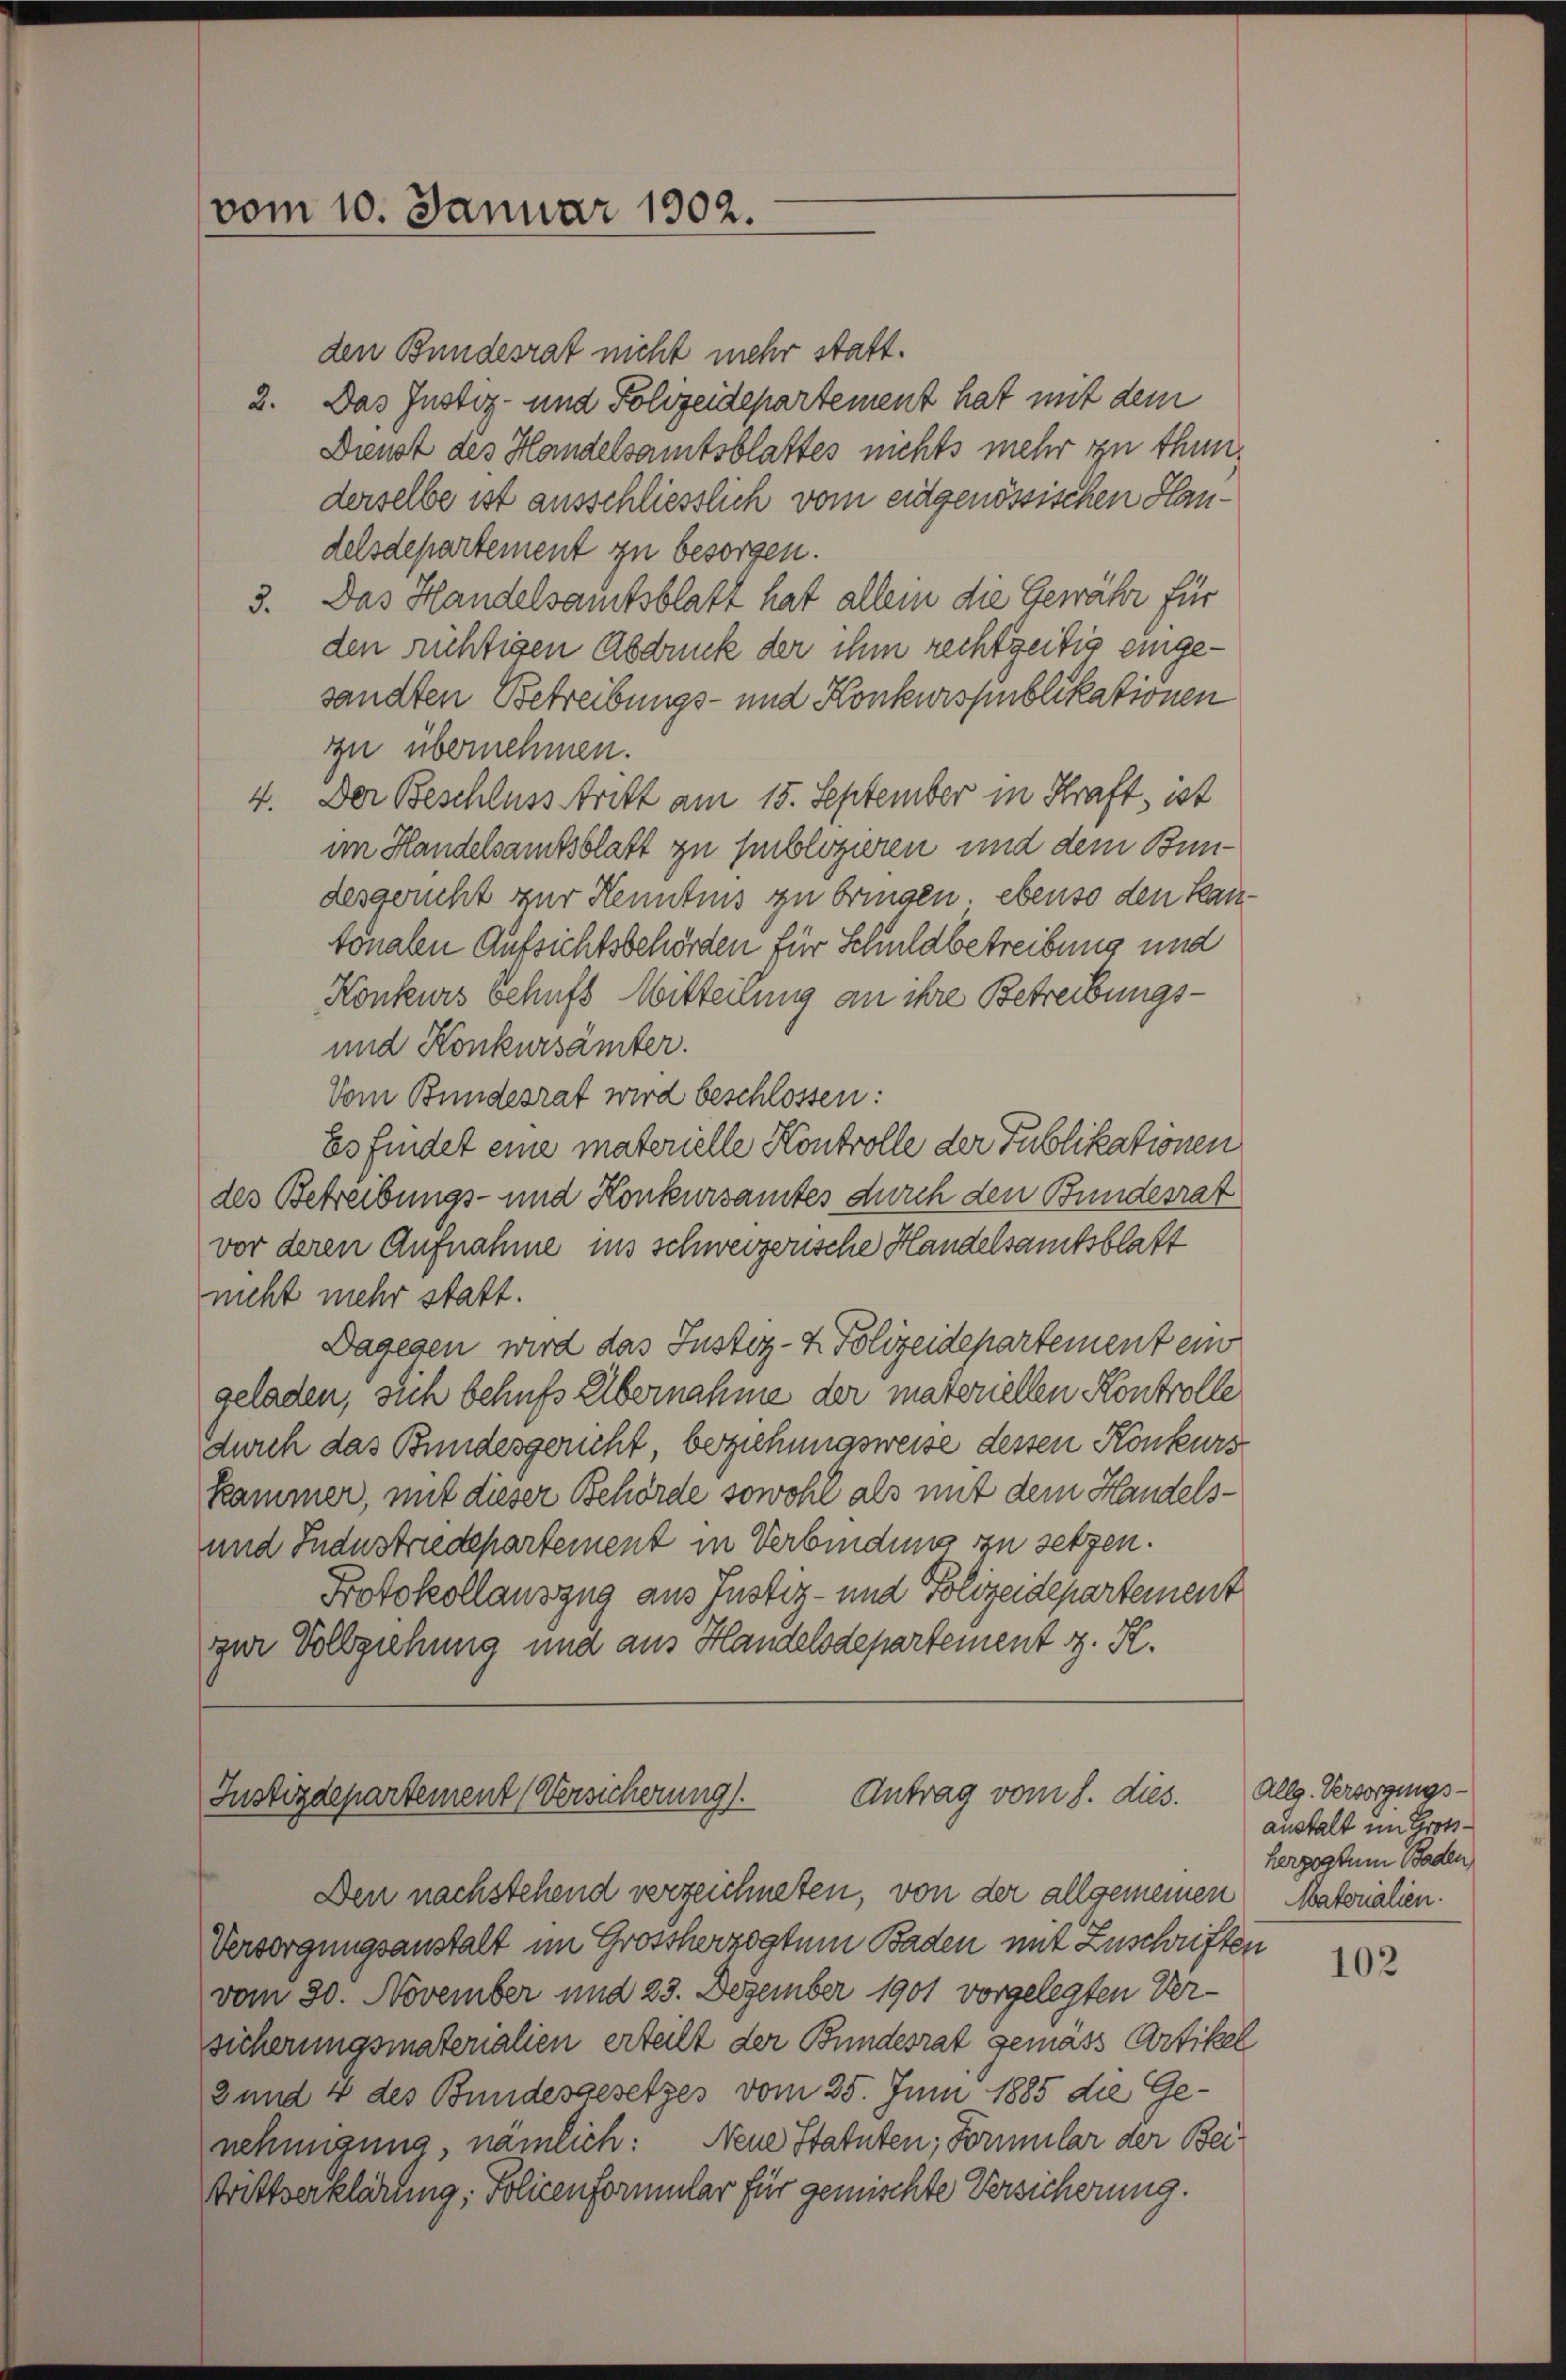
den Bundesrat nicht mehr statt.
2. Das Justiz- und Polizeidepartement hat mit dem
Dienst des Handelsamtsblattes nichts mehr zu thunderselbe ist ausschliesslich vom eidgenössischen Handelsdepartement zu besorgen.
3. Das Handelsamtsblatt hat allein die Gewähr für
den richtigen Abdruk der ihm rechtzeitig eingesandten Betreibungs- und Konkurspublikationen
zu übernehmen.
4. Der Beschluss tritt am 15. September in Kraft, ist
im Handelsamtsblatt zu sublozieren und dem Bundesgericht zur Kenntnis zu bringen. ebenso den Kantonalen Aufsichtsbehörden für Schuldbetreibung und
Konkurs behufs Witterung an ihre Betreibungs¬
und Konkursämter.
Vom Bundesrat wird beschlossen:
Es findet eine materielle Kontrolle der Publikationen
des Betreibungs- und Konkursamtes durch den Bundesrat
vor deren Aufnahme ins schweizerische Handelsamtsblatt
nicht mehr statt.
Dagegen wird das Justiz- & Polizeidepartement ein
geladen, sich behufs Übernahme der materiellen Kontrolle
durch das Bundesgericht beziehungsweise dessen Konkurs
kammer, mit dieser Behörde sowohl als mit dem Handels¬
und Industriedepartement in Verbindung zu setzen.
Protokollauszug aus Justiz- und Polizeidepartement
zur Vollziehung und aus Handelsdepartement z. R.

Antrag vom 8. dies.
Justizdepartement (Versicherung.
Den nachstehend verzeichneten, von der allgemeinen Matorialien.

vom 10. Januar 1902.

Versorgungsanstalt im Großherzogtum Baden mit Zuschriften
vom 30. November und 23. Dezember 1901 vorgelegten Versicherungsmaterialien erteilt der Bundesrat gemäss Artikel
2 und 4 des Bundesgesetzes vom 25. Juni 1885 die Genehmigung, nämlich: Neue Statuten, Formular der Beistrittserklärung; Polizenformular für gemischte Versicherung.

Allg. Versorgungsanstalt im Großherzogtum Baden

102